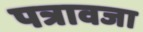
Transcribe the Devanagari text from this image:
पत्रावजा